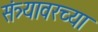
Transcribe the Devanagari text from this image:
संत्र्यावरच्या